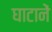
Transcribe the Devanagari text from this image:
घाटानें